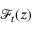
{ \mathcal { F } } _ { t } ( z )